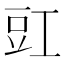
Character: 豇